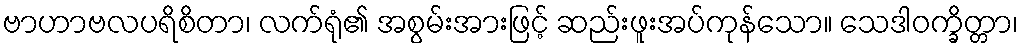
ဗာဟာဗလပရိစိတာ၊ လက်ရုံ၏ အစွမ်းအားဖြင့် ဆည်းဖူးအပ်ကုန်သော။ သေဒါဝက္ခိတ္တာ၊